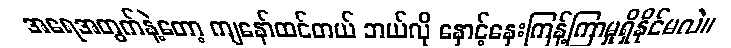
အရေအတွက်နဲ့တော့ ကျနော်ထင်တယ် ဘယ်လို နှောင့်နှေးကြန့်ကြာမှုရှိနိုင်မလဲ။